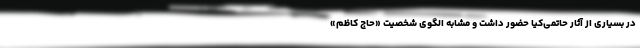
در بسیاری از آثار حاتمی‌کیا حضور داشت و مشابه الگوی شخصیت «حاج کاظم»